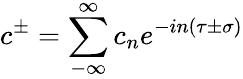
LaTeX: c^{\pm}=\sum_{-\infty}^{\infty}c_{n}e^{-in\left(\tau\pm\sigma\right)}